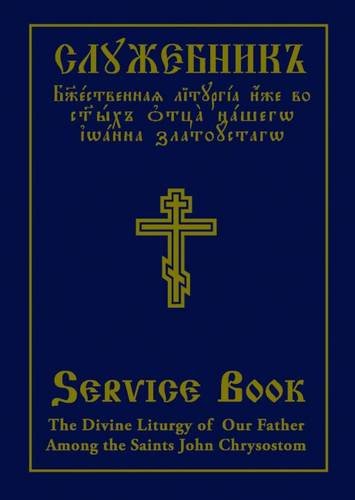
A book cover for The Divine Liturgy of Our Father Among the Saints John Chrysostom: Slavonic-English Parallel Text; Christian Books & Bibles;